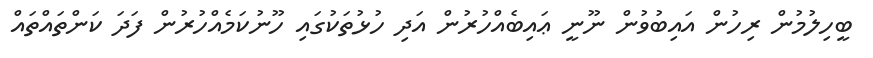
ބީހިލުމުން ރިހުން އައިބުވުން ނޫނީ ޢައިބެއްހުރުން އަދި ހުޅުތަކުގައި ހޫނުކަމެއްހުރުން ފަދަ ކަންތައްތައް